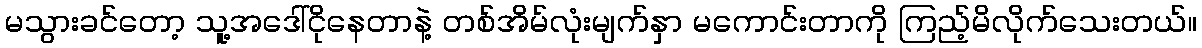
မသွားခင်တော့ သူ့အဒေါ်ငိုနေတာနဲ့ တစ်အိမ်လုံးမျက်နှာ မကောင်းတာကို ကြည့်မိလိုက်သေးတယ်။